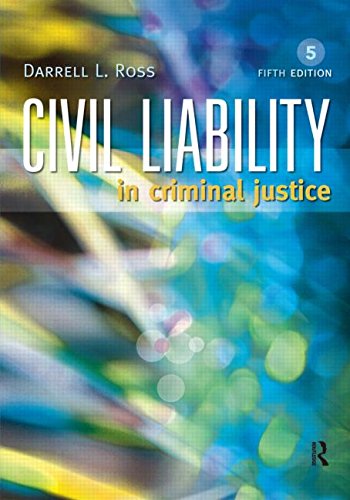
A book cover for Civil Liability in Criminal Justice; Darrell L. Ross; Law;